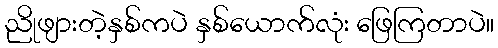
ညိုဖျားတဲ့နှစ်ကပဲ နှစ်ယောက်လုံး ဖြေကြတာပဲ။